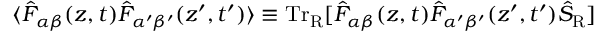
\langle { \hat { F } } _ { \alpha \beta } ( z , t ) { \hat { F } } _ { \alpha ^ { \prime } \beta ^ { \prime } } ( z ^ { \prime } , t ^ { \prime } ) \rangle \equiv \mathrm { T r } _ { \mathrm { R } } [ { \hat { F } } _ { \alpha \beta } ( z , t ) { \hat { F } } _ { \alpha ^ { \prime } \beta ^ { \prime } } ( z ^ { \prime } , t ^ { \prime } ) { \hat { S } } _ { \mathrm { R } } ]